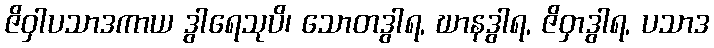
ဇိဝှါပသာဒကာယ ဒွါရေသုပိ၊ သောတဒွါရ, ဃာနဒွါရ, ဇိဝှာဒွါရ, ပသာဒ